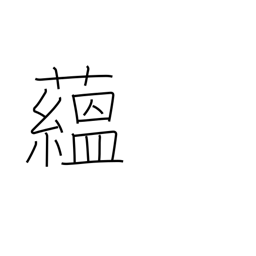
Meaning: pile up